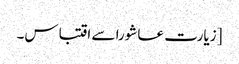
[زیارت عاشورا سے اقتباس۔